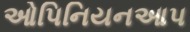
ઓપિનિયનઆપ